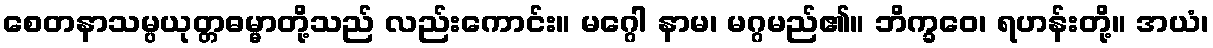
စေတနာသမ္ပယုတ္တဓမ္မာတို့သည် လည်းကောင်း။ မဂ္ဂေါ နာမ၊ မဂ္ဂမည်၏။ ဘိက္ခဝေ၊ ရဟန်းတို့။ အယံ၊